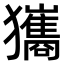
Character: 𤣑